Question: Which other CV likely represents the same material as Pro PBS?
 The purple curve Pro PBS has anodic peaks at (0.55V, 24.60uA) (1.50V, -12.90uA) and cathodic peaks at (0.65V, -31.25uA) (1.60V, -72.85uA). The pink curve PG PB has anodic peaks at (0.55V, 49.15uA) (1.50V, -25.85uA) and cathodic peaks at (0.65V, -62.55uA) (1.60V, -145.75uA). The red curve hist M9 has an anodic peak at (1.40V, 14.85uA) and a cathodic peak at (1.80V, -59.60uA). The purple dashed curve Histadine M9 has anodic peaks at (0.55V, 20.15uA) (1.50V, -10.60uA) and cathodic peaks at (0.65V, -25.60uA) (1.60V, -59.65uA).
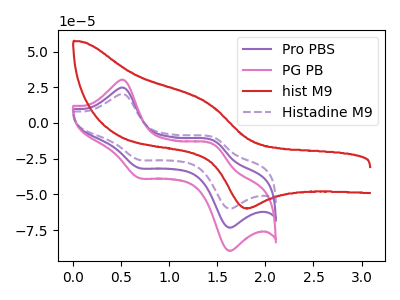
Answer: <think>All the peaks in "Pro PBS" have a peak in "PG PB" at the same potential. "Pro PBS" and "hist M9" have a different number of peaks. All the peaks in "Pro PBS" have a peak in "Histadine M9" at the same potential. "PG PB" and "hist M9" have a different number of peaks. All the peaks in "PG PB" have a peak in "Histadine M9" at the same potential. "hist M9" and "Histadine M9" have a different number of peaks.
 </think>
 <answer>"Pro PBS" and "PG PB" have a similar shape to "Histadine M9".</answer>
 <eval>"Pro PBS" "PG PB"</eval>